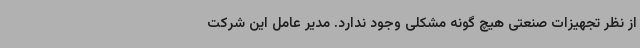
از نظر تجهیزات صنعتی هیچ گونه مشکلی وجود ندارد. مدیر عامل این شرکت